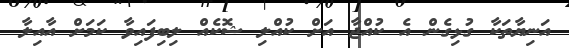
އަނިޔާތަކާ ގުޅިގެން އެ ކުއްޖާ އަށް ކުއްލި ޝޮކެއް ލިބިފައިވާ ކަމަށް އާއިލާ